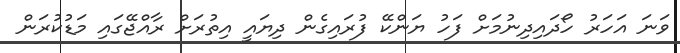
ވަނަ އަހަރު ހޯދައިދިނުމަށް ފަހު ޔަންކޭ ފުރައިގެން ދިޔައީ އިތުރަށް ރާއްޖޭގައި މަޑުކުރަން